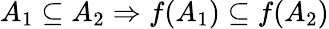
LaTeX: A_{1}\subseteq A_{2}\Rightarrow f(A_{1})\subseteq f(A_{2})